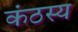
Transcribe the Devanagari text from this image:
कंठस्य